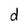
Character: d